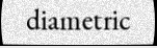
diametric